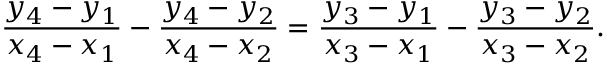
{ \frac { y _ { 4 } - y _ { 1 } } { x _ { 4 } - x _ { 1 } } } - { \frac { y _ { 4 } - y _ { 2 } } { x _ { 4 } - x _ { 2 } } } = { \frac { y _ { 3 } - y _ { 1 } } { x _ { 3 } - x _ { 1 } } } - { \frac { y _ { 3 } - y _ { 2 } } { x _ { 3 } - x _ { 2 } } } .